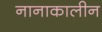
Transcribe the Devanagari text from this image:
नानाकालीन